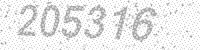
Solution: 205316